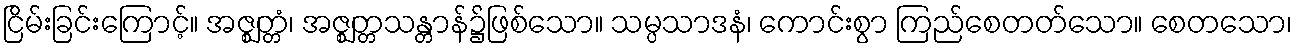
ငြိမ်းခြင်းကြောင့်။ အဇ္ဈတ္တံ၊ အဇ္ဈတ္တသန္တာန်၌ဖြစ်သော။ သမ္ပသာဒနံ၊ ကောင်းစွာ ကြည်စေတတ်သော။ စေတသော၊